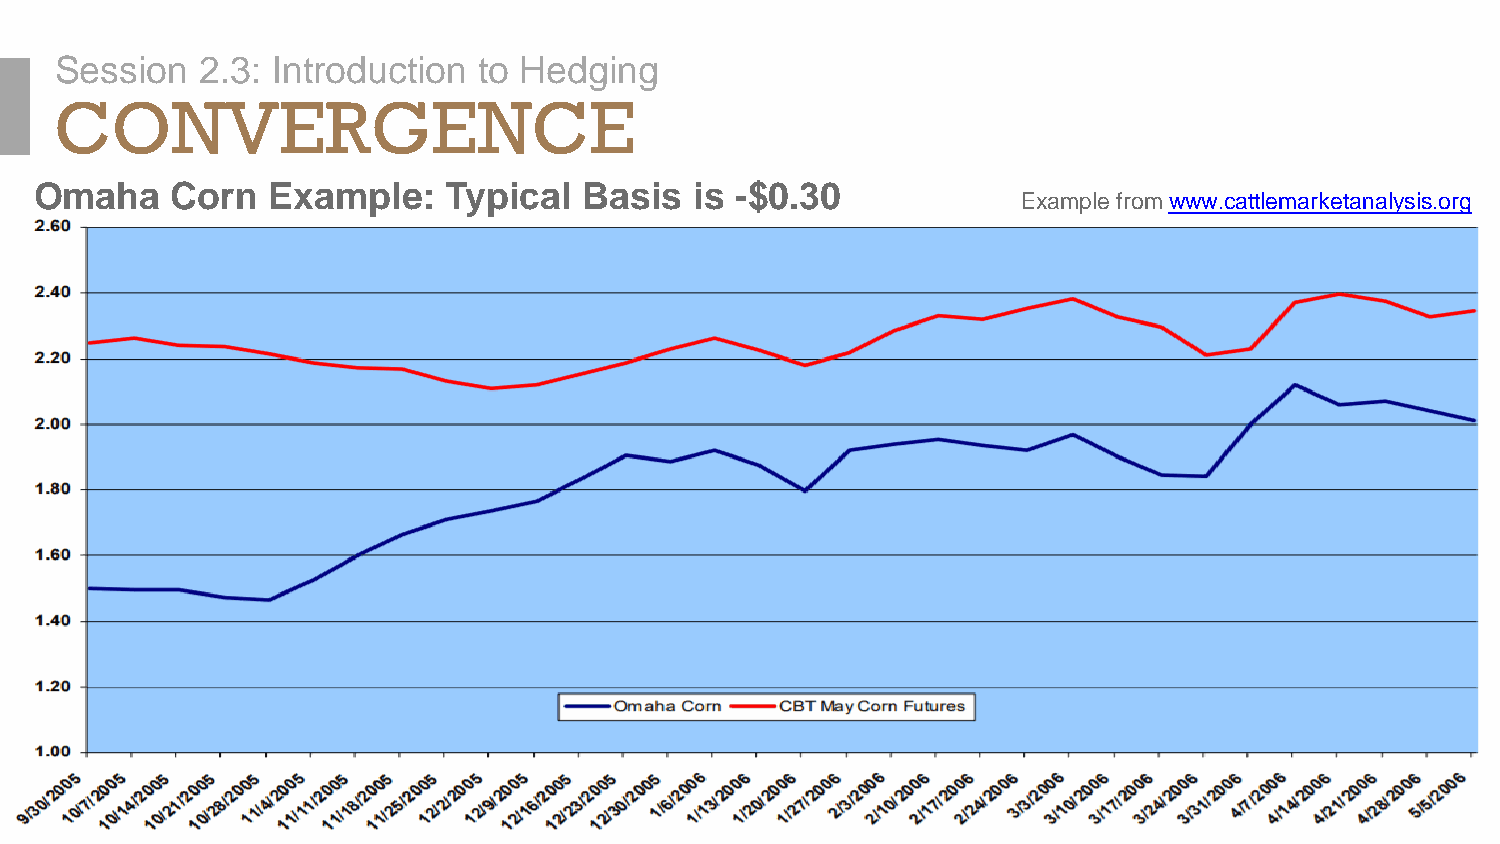
Session  2.3: Introduction  to Hedging
 CONVERGENCE
 Omaha    Corn   Example:    Typical  Basis  is -$0.30
 Example from www.cattlemarketanalysis.org